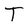
Character: T